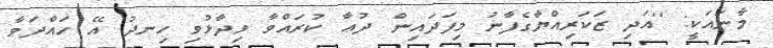
މާނައަކީ: ''އަދި ޒަކަރިއްޔާގެފާނު މިފަދައިން ދުޢާ ކުރައްވާ ވިދާޅުވި ހިނދު އޭ ހައްދަވާ